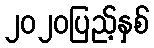
၂၀၂၀ပြည့်နှစ်